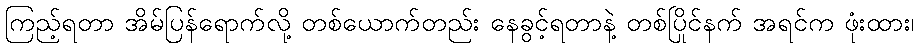
ကြည့်ရတာ အိမ်ပြန်ရောက်လို့ တစ်ယောက်တည်း နေခွင့်ရတာနဲ့ တစ်ပြိုင်နက် အရင်က ဖုံးထား၊